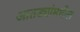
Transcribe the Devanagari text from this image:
आतड्यांमधील